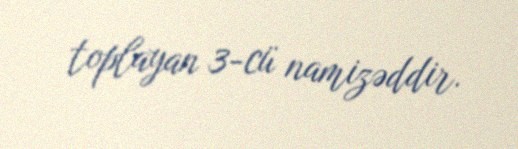
toplayan 3-cü namizəddir.